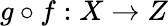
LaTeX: g\circ f:X\to Z